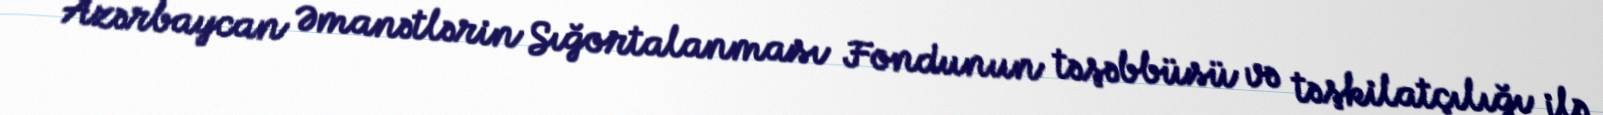
Azərbaycan Əmanətlərin Sığortalanması Fondunun təşəbbüsü və təşkilatçılığı ilə